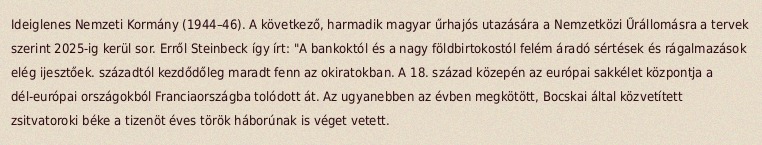
Ideiglenes Nemzeti Kormány (1944–46). A következő, harmadik magyar űrhajós utazására a Nemzetközi Űrállomásra a tervek szerint 2025-ig kerül sor. Erről Steinbeck így írt: "A bankoktól és a nagy földbirtokostól felém áradó sértések és rágalmazások elég ijesztőek. századtól kezdődőleg maradt fenn az okiratokban. A 18. század közepén az európai sakkélet központja a dél-európai országokból Franciaországba tolódott át. Az ugyanebben az évben megkötött, Bocskai által közvetített zsitvatoroki béke a tizenöt éves török háborúnak is véget vetett.